Lunatic asylums United Provinces 1899-1908 - 1899-1908
Year: 1899
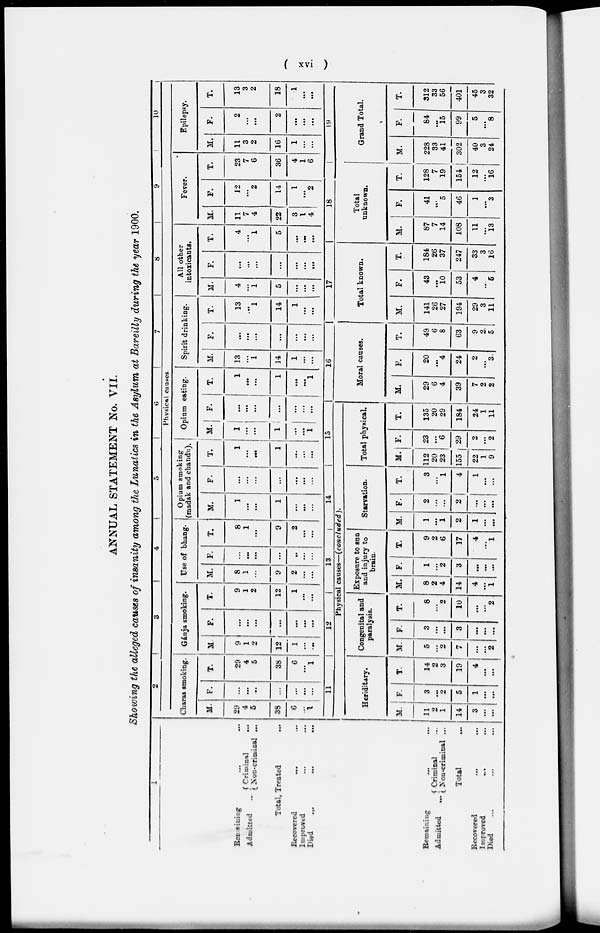
( xvi )
ANNUAL STATEMENT No. VII.
Showing the alleged causes of insanity among the Lunatics in the Asylum at Bareilly during the year 1900.
1
Remaning
…
…
Admitted …
Criminal …
Non-criminal …
Total, Treated …
Recovered
…
...
Improved … …
Died … … …
2
3
4
5
6
7
8
9
10
Physical causes.
Charas smoking.
M.
29
4
5
38
6
...
1
F.
…
…
…
...
...
…
…
T.
29
4
5
38
6
…
1
Gánja smoking.
M.
9
1
2
12
1
...
…
F.
…
…
…
…
…
...
…
T.
9
1
2
12
1
…
…
Use of bhang.
M.
8
1
...
9
2
…
…
F.
…
…
…
…
…
…
…
T.
8
1
…
9
2
…
…
Opium smoking
(madak and chandu).
M.
1
…
…
1
…
…
…
F.
…
…
…
…
…
…
…
T.
1
…
…
1
…
…
…
Opium eating.
M.
1
...
…
1
…
…
1
F.
…
…
…
...
…
…
…
T.
1
…
…
1
...
...
1
Spirit drinking.
M.
13
…
1
14
1
…
…
F.
…
…
…
…
…
...
…
T.
13
…
1
14
1
…
…
All other
intoxicants.
M.
4
...
1
5
…
…
…
F.
…
…
…
…
…
…
…
T.
4
...
1
5
…
…
...
Fever.
M.
11
7
4
22
3
1
4
F.
12
…
2
14
1
…
2
T.
23
7
6
36
4
1
6
Epilepsy.
M.
11
3
2
16
1
...
…
F.
2
…
…
2
…
…
…
T.
13
3
2
18
1
…
…
Remaining … …
Admitted
...
Criminal …
Non-criminal ...
Total …
Recovered … …
Improved
... …
Died … … …
11
12
13
14
15
Physical causes—(concluded).
Heriditary.
M.
11
2
1
14
3
...
...
F.
3
...
2
5
1
…
…
T.
14
2
3
19
4
…
...
Congenital and
paralysis.
M.
5
...
2
7
…
...
2
F.
3
…
…
3
…
…
…
T.
8
…
2
10
…
...
2
Exposure to sun
and injury to
brain.
M.
8
2
4
14
4
…
1
F.
1
...
2
3
…
…
…
T.
9
2
6
17
4
…
1
Starvation.
M.
1
…
1
2
1
…
…
F.
2
...
...
2
...
...
…
T.
3
…
1
4
1
…
...
Total physical.
M.
112
20
23
155
22
1
9
F.
23
...
6
29
2
...
2
T.
135
20
29
184
24
1
11
16
Moral causes.
M.
29
6
4
39
7
2
2
F.
20
…
4
24
2
…
3
T.
49
6
8
63
9
2
5
17
Total known.
M.
141
26
27
194
29
3
11
F.
43
...
10
53
4
…
5
T.
184
26
37
247
33
3
16
18
Total
unknown.
M.
87
7
14
108
11
…
13
F.
41
…
5
46
1
...
3
T.
128
7
19
154
12
...
16
19
Grand Total.
M.
228
33
41
302
40
3
24
F.
84
…
15
99
5
…
8
T.
312
33
56
401
45
3
32